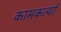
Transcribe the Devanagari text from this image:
कामकर्त्या